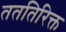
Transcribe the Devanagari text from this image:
तततिरिक्त